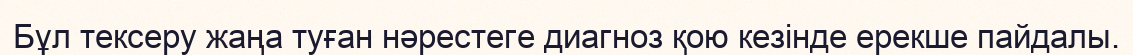
Бұл тексеру жаңа туған нәрестеге диагноз қою кезінде ерекше пайдалы.